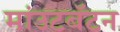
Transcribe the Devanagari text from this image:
मांउटबॅटन